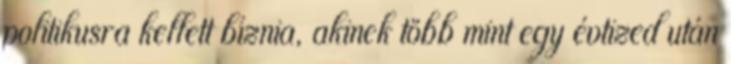
politikusra kellett bíznia, akinek több mint egy évtized után